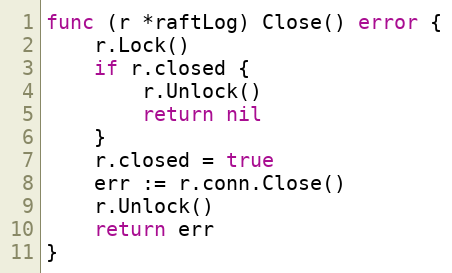
Language: Go
func (r *raftLog) Close() error {
	r.Lock()
	if r.closed {
		r.Unlock()
		return nil
	}
	r.closed = true
	err := r.conn.Close()
	r.Unlock()
	return err
}